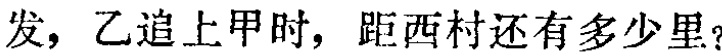
发，乙追上甲时，距西村还有多少里？